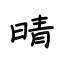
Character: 晴